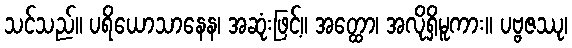
သင်သည်။ ပရိယောသာနေန၊ အဆုံးဖြင့်။ အတ္ထော၊ အလိုရှိမူကား။ ပဗ္ဗဇဿု၊